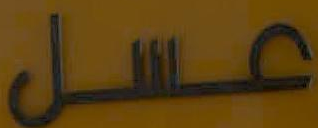
عسل